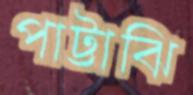
পাট্টাঝি